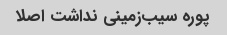
پوره سیب‌زمینی نداشت اصلا